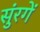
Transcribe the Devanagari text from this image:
सुंरगें